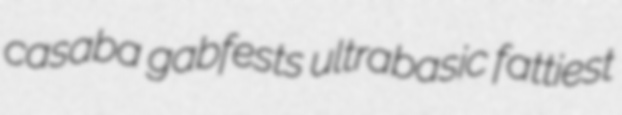
casaba gabfests ultrabasic fattiest